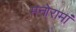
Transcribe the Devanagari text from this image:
मनोरामां